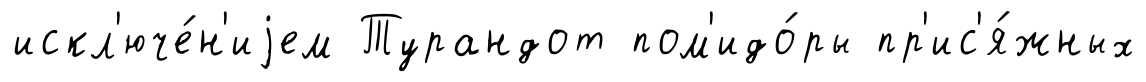
искл'юче́н'иjем Турандот пом'идо́ры пр'ис'я́жных